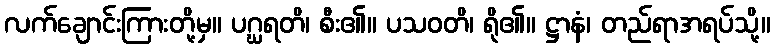
လက်ချောင်းကြားတို့မှ။ ပဂ္ဃရတိ၊ စီး၏။ ပသဝတိ၊ ရို၏။ ဋ္ဌာနံ၊ တည်ရာအရပ်သို့။